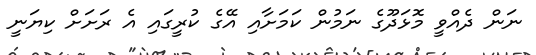
ނަން ދެއްވީ މޮޅަދޫގެ ނަމުން ކަމަށާއި އޭގެ ކުރީގައި އެ ރަށަށް ކިޔަނީ